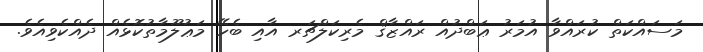
މަސައްކަތް ކުރައްވާ އުމަރު ޢަބްދުއް ރައްޒާޤް މެރިކަލްޗަރ އާއި ބެހޭ މަޢުލޫމާތުކޮޅެއް ދެއްކެވިއެވެ.